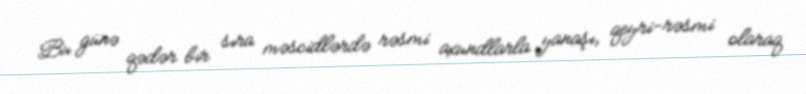
Bu günə qədər bir sıra məscidlərdə rəsmi axundlarla yanaşı, qeyri-rəsmi olaraq